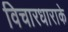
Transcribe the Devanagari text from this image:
विचारधाराके